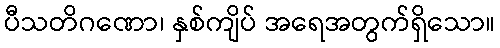
ပီသတိဂဏော၊ နှစ်ကျိပ် အရေအတွက်ရှိသော။